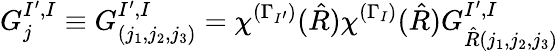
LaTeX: G_{j}^{I^{\prime},I}\equiv G_{(j_{1},j_{2},j_{3})}^{I^{\prime},I}=\chi^{(\Gamma_{I^{\prime}})}(\hat{R})\chi^{(\Gamma_{I})}(\hat{R})G_{\hat{R}(j_{1},j_{2},j_{3})}^{I^{\prime},I}